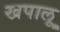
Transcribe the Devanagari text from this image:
खपालू